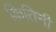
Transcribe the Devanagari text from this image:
कितिनी